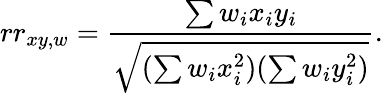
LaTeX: rr_{xy,w}={\frac{\sum w_{i}x_{i}y_{i}}{\sqrt{(\sum w_{i}x_{i}^{2})(\sum w_{i}y_{i}^{2})}}}.